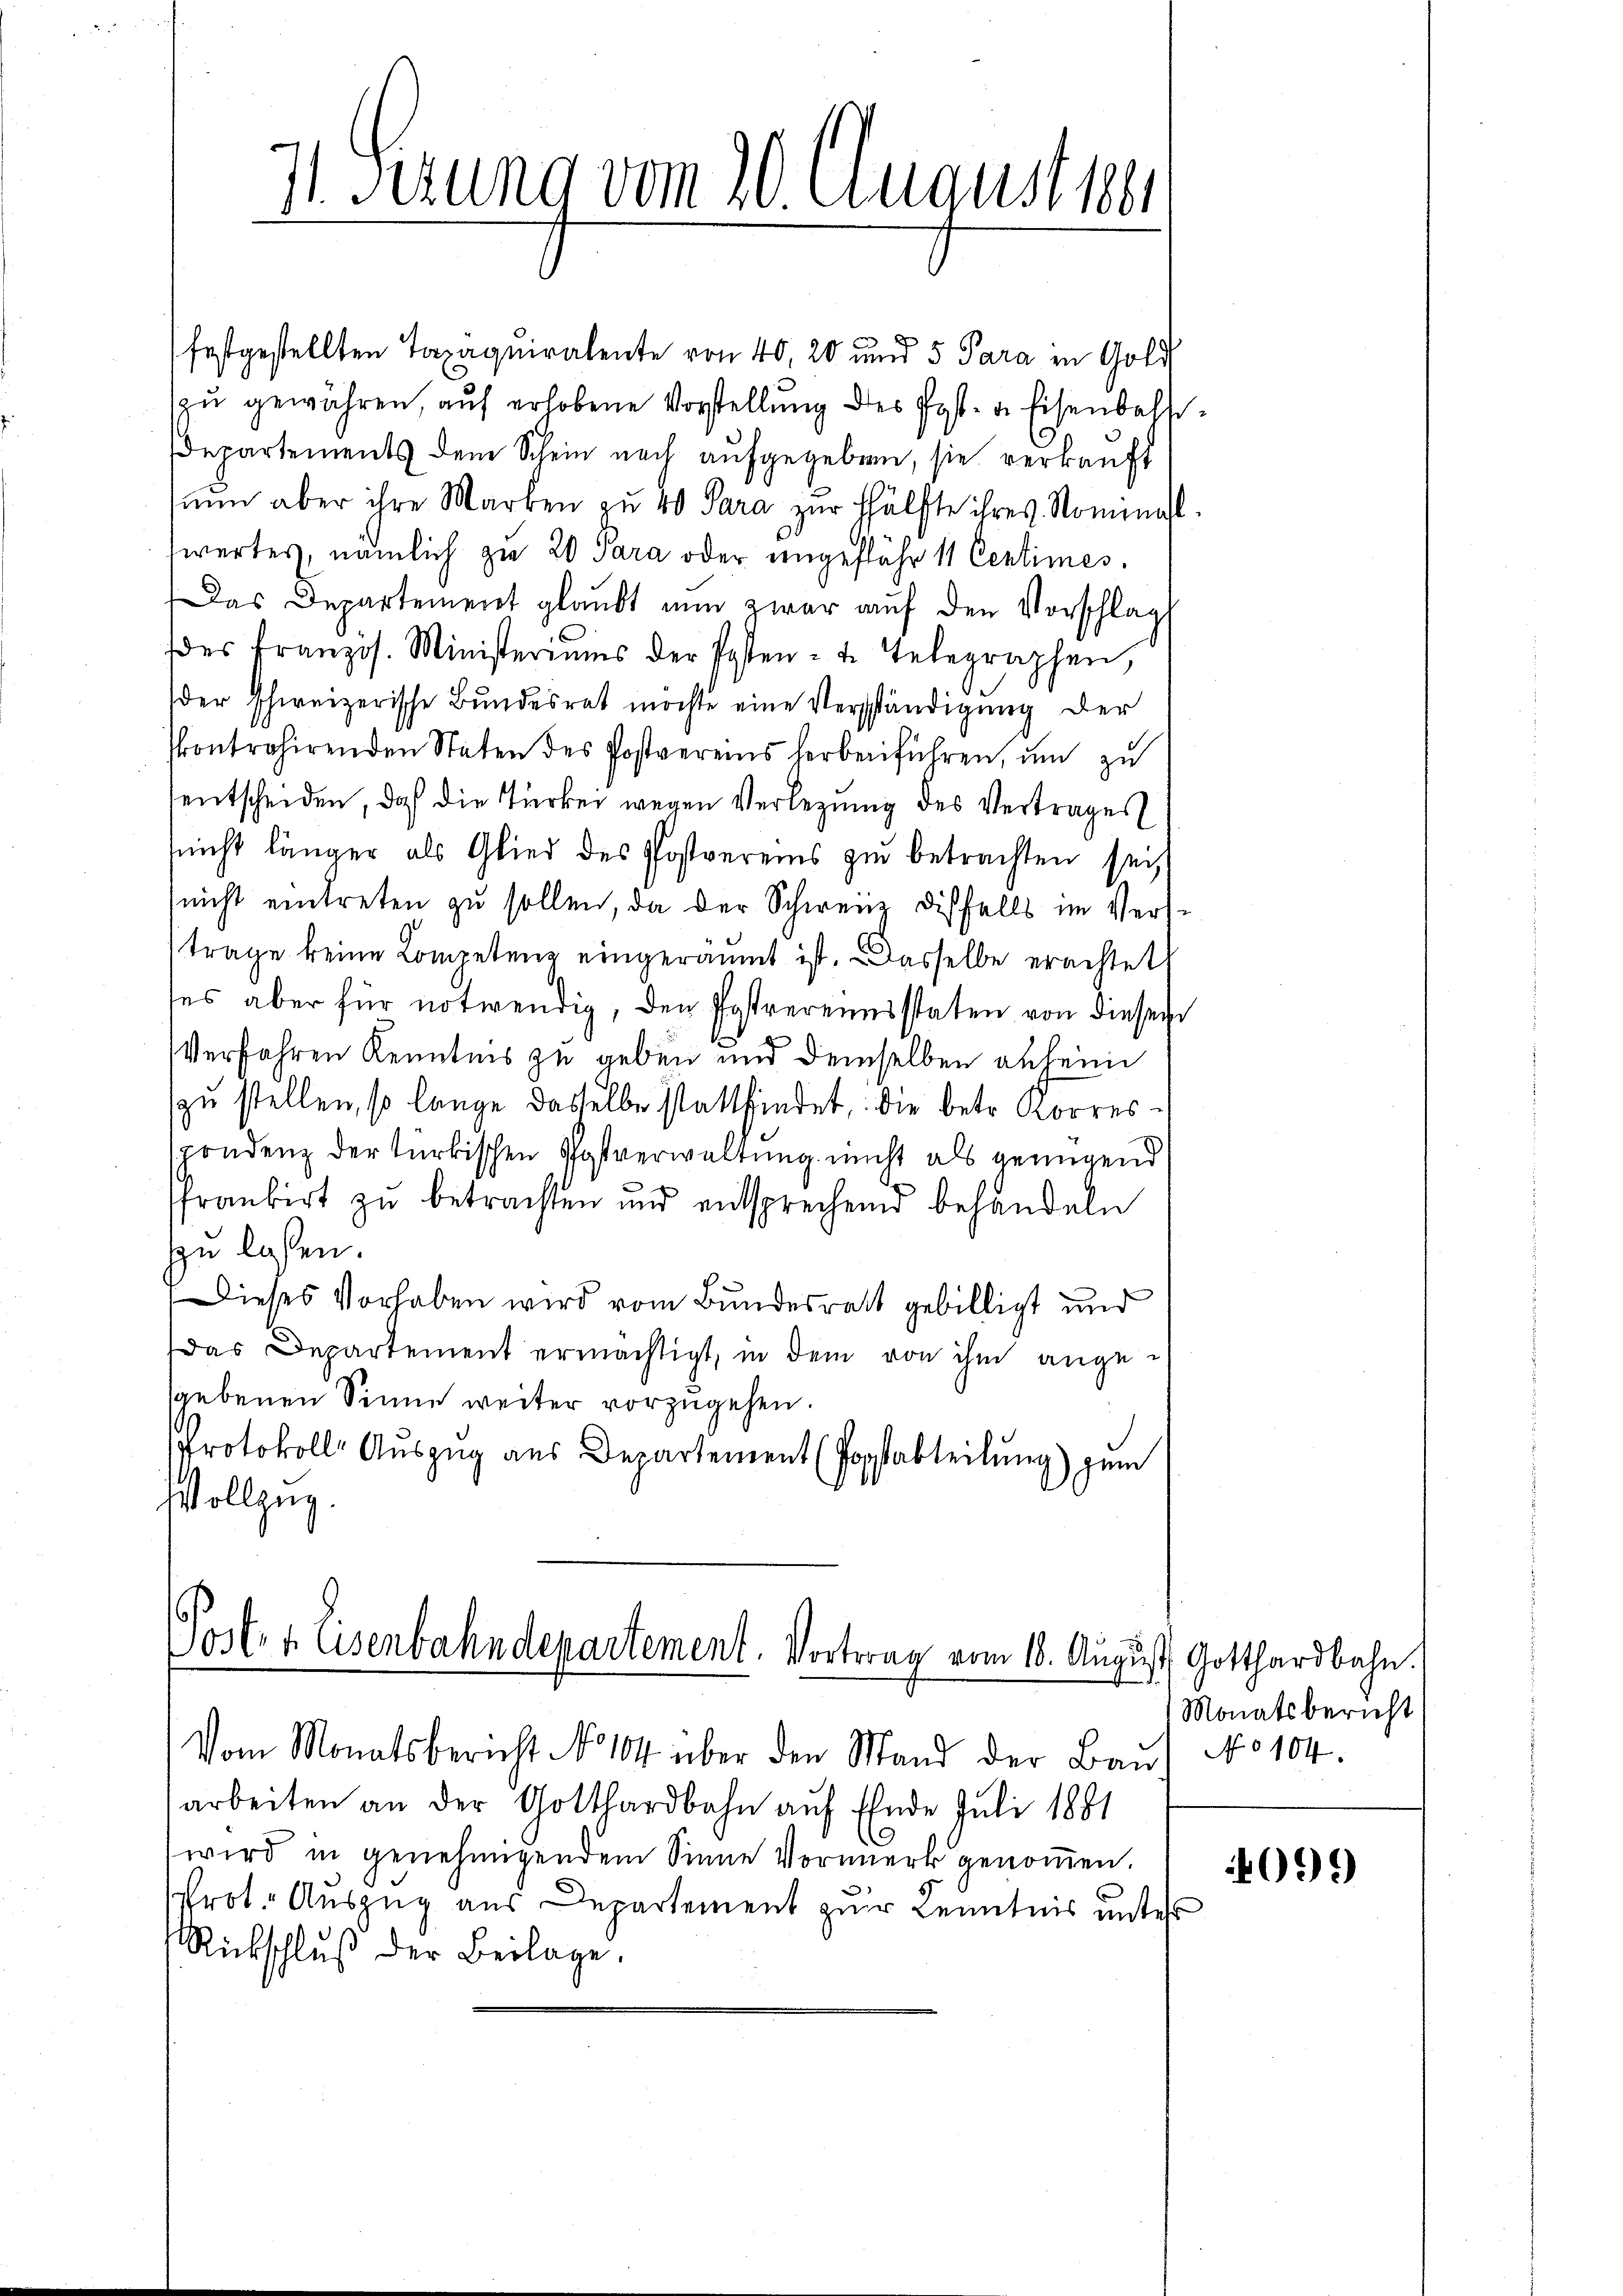
I. Jezung vom 20. August 1881

festgestellten Taxäquiralente von 40, 20 und 5 Para in Gold
zŭ gewähren, auf erhobene Vorstellung des Post- u. Eisenbahn
Departements dem Schein nach aufgegeben, sie verkauft
nŭn aber ihre Marken zu 40 Sara zur Hälfte ihres Nominal-
wertes, nämlich zu 20 Para oder ungefähr 11 Centimes.
Das Departement glaŭbt nun zwar aŭf den Vorschlag
des französ. Ministeriums der Posten- u. Telegraphen,
der schweizerische Bŭndesrat möchte eine Verschändigŭng der
skontrahirenden Staten des Postvereins herbeiführen, um zu
entscheiden, daß die Türker wegen Verlegung des Vertrages
(nicht länger als Glied des Postvereins zu betrachten sei,
nicht eintreten zu sollen, da der Schweiz dißfalls im Verstrage keine Competenz eingeräumt ist. Dasselbe erachtet,
tes aber für notwendig, den Postvereinsstaten von dieser
Verfahren Kenntnis zu geben und demselben anheim
zu stellen, so lange dasselbe stattfindet, die betr. Korresspondenz der türkischen Postverwaltung nicht als genügend
ffrankirt zu betrachten und entsprechend behandeln
zu lassen.
Dieses Vorhaben wird vom Bundesrath gebilligt und
Das Departement ermächtigt, in dem von ihm angesgebenen Sinne weiter vorzugehen.
Protokolls-Auszug aus Departement (Popsabteilung) zum
Vollzug.

t
Post 4. Eisenbahndepartement. Vortrag vom 18. August Gotthardbahn.

Vom Monatsbericht No 104 über den Mand der Baŭt No 104.
arbeiten an der Gotthardbahn auf Ende Juli 1881
wird in genehmigendem Sinne Vormerk genoṁen.
rot. Auszug aus Departement zur Kenntnis unters
Rückschlŭβ der Beilage.

2

Monatsbericht

4095)